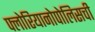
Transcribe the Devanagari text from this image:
फ्लोरियानोपोलिसची